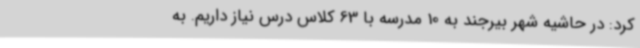
کرد: در حاشیه شهر بیرجند به 10 مدرسه با 63 کلاس درس نیاز داریم. به